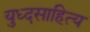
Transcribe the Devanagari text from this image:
युध्दसाहित्य